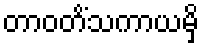
တာဝတိံသကာယမှိ